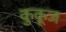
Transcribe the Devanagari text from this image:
कुकूज